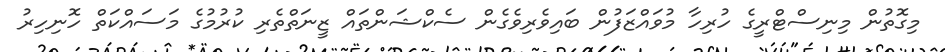
މިގޮތުން މިނިސްޓްރީގެ ހުރިހާ މުވައްޒަފުން ބައިވެރިވެގެން ސެކްޝަންތައް ޒީނަތްތެރި ކުރުމުގެ މަސައްކަތް ހޮނިހިރު